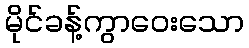
မိုင်ခန့်ကွာဝေးသော